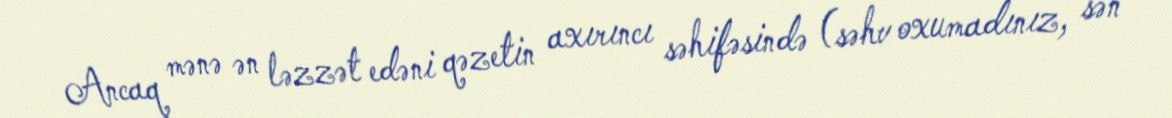
Ancaq mənə ən ləzzət edəni qəzetin axırıncı səhifəsində (səhv oxumadınız, sən